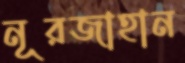
নূরজাহান